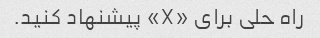
راه حلی برای «X» پیشنهاد کنید.